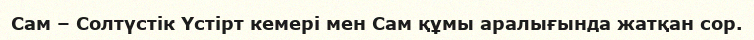
Сам – Солтүстік Үстірт кемері мен Сам құмы аралығында жатқан сор.